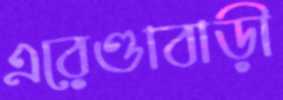
এরেণ্ডাবাড়ী